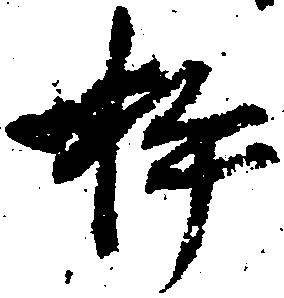
杵